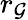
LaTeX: r_{\mathcal{G}}